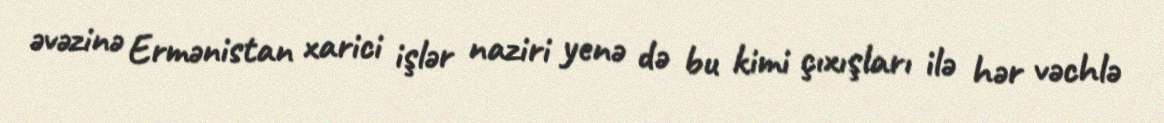
əvəzinə Ermənistan xarici işlər naziri yenə də bu kimi çıxışları ilə hər vəchlə